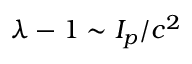
\lambda - 1 \sim I _ { p } / c ^ { 2 }